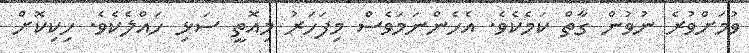
ވުމަށްވުރެ ނުވުން ގާތް ކަމެކެވެ. އެހެންނަމަވެސް މިފަހަރު މިއޮތީ ސަޅި ހައްލެކެވެ. ހިކިކޮށް